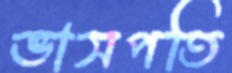
ভাসপতি